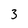
Character: 3